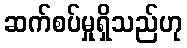
ဆက်စပ်မှုရှိသည်ဟု